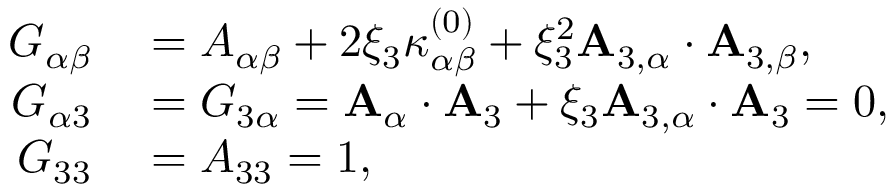
\begin{array} { r l } { { G } _ { \alpha \beta } } & { { } = { A } _ { \alpha \beta } + 2 \xi _ { 3 } { \kappa } _ { \alpha \beta } ^ { ( 0 ) } + \xi _ { 3 } ^ { 2 } { \bf { A } } _ { 3 , \alpha } \cdot { \bf { A } } _ { 3 , \beta } , } \\ { { G } _ { \alpha 3 } } & { { } = { G } _ { 3 \alpha } = { \bf { A } } _ { \alpha } \cdot { \bf { A } } _ { 3 } + \xi _ { 3 } { \bf { A } } _ { 3 , \alpha } \cdot { \bf { A } } _ { 3 } = 0 , } \\ { { G } _ { 3 3 } } & { { } = { A } _ { 3 3 } = 1 , } \end{array}